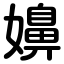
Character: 嬶